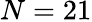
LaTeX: N=21